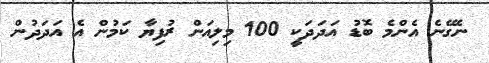
ނެގޭނެ އެންމެ ބޮޑު އަދަދަކީ 100 މިލިއަން ރުފިޔާ ކަމުން އެ އަދަދުން